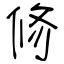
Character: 修